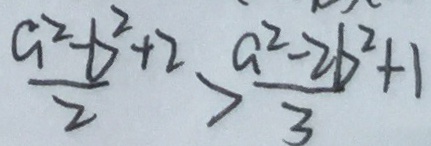
\frac { a ^ { 2 } - b ^ { 2 } + 2 } { 2 } > \frac { a ^ { 2 } - 2 b ^ { 2 } + 1 } { 3 } + 1